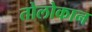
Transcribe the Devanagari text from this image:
तोलोकान